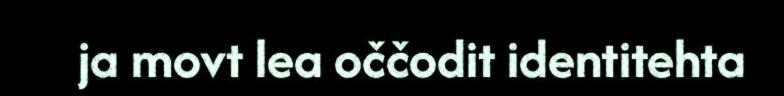
ja movt lea oččodit identitehta